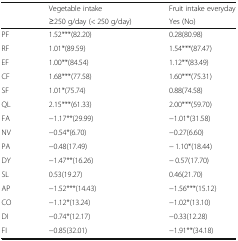
<table><thead><tr><td rowspan="2"></td><td><b>Vegetable intake</b></td><td><b>Fruit intake everyday</b></td></tr><tr><td><b>≥250 g/day (&lt; 250 g/day)</b></td><td><b>Yes (No)</b></td></tr></thead><tbody><tr><td>PF</td><td>1.52***(82.20)</td><td>0.28(80.98)</td></tr><tr><td>RF</td><td>1.01*(89.59)</td><td>1.54***(87.47)</td></tr><tr><td>EF</td><td>1.00**(84.54)</td><td>1.12**(83.49)</td></tr><tr><td>CF</td><td>1.68***(77.58)</td><td>1.60***(75.31)</td></tr><tr><td>SF</td><td>1.01*(75.74)</td><td>0.88(74.58)</td></tr><tr><td>QL</td><td>2.15***(61.33)</td><td>2.00***(59.70)</td></tr><tr><td>FA</td><td>−1.17**(29.99)</td><td>−1.01*(31.58)</td></tr><tr><td>NV</td><td>−0.54*(6.70)</td><td>−0.27(6.60)</td></tr><tr><td>PA</td><td>−0.48(17.49)</td><td>− 1.10*(18.44)</td></tr><tr><td>DY</td><td>−1.47**(16.26)</td><td>− 0.57(17.70)</td></tr><tr><td>SL</td><td>0.53(19.27)</td><td>0.46(21.70)</td></tr><tr><td>AP</td><td>−1.52***(14.43)</td><td>−1.56***(15.12)</td></tr><tr><td>CO</td><td>−1.12*(13.24)</td><td>−1.02*(13.10)</td></tr><tr><td>DI</td><td>−0.74*(12.17)</td><td>−0.33(12.28)</td></tr><tr><td>FI</td><td>−0.85(32.01)</td><td>−1.91**(34.18)</td></tr></tbody></table>